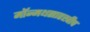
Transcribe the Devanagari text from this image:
मॉन्मथसारखीच